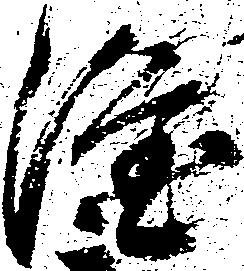
隆